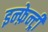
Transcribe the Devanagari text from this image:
इन्फ़ेन्ट्री